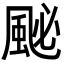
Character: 䫾